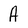
Character: A